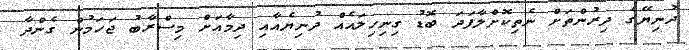
ދުނިޔޭގެ ދިރުންތަށް ނެތިކޮށްލާފަދަ ބޮޑު ގިނިހިލައެއް ދުނިޔެއާއި ދިމާއަށް މިސްރާބު ޖަހަމުން ގެންދާ